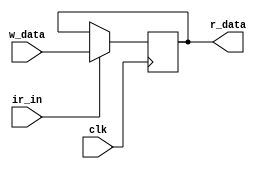
`timescale 1ns / 1ps
module ir (
    input clk,
    input ir_in,
    input [31:0] w_data,
    output [31:0] r_data
    
);

reg [31:0] data; // note that ir is a register substantialy

// maybe it is not a good idea to set clock edge here, for the write operation should wait for the lower imem read
always @(negedge clk) 
begin
    if(ir_in)
        data<=w_data;    
end


assign r_data=data;

endmodule //ir